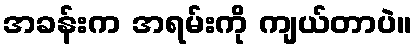
အခန်းက အရမ်းကို ကျယ်တာပဲ။